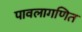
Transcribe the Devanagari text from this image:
पावलागणित